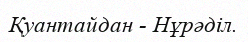
Қуантайдан - Нұрәділ.